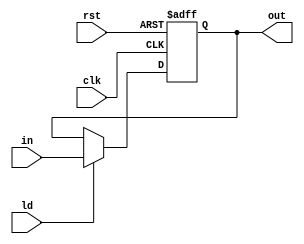
`timescale 1ns/1ns
module IR_Register(input clk, rst, ld, input [31:0] in, output reg [31:0] out);
	always @(posedge clk, posedge rst) begin
		if(rst) begin
			out <= 32'b0;
		end else begin
			out <= ld ? in : out;
		end
	end
endmodule